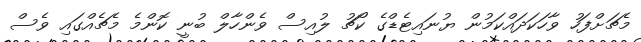
މެޗަށްފަހު ވާހަކަދައްކަމުން ޔުނައިޓެޑްގެ ކޯޗު ލުއިސް ވެންހާލް ބުނީ ކޮންމެ މެޗެއްގައި ވެސް